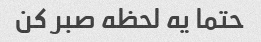
حتما یه لحظه صبر کن